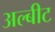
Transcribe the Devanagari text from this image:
अल्बीट